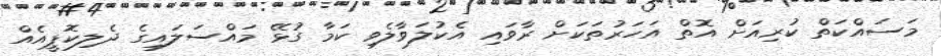
މަސައްކަތް ކުރިއަށް އޮތް އަހަރުތަކަށް ރާވައި އެކުލަވާލެވި ކަމާ ގުޅޭ މައްސަލައިގެ ދެލިކޮޕީއެއް